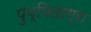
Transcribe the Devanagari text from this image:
पुप्पिताग्रा